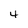
Character: 4